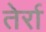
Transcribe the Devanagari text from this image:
तेर्रा